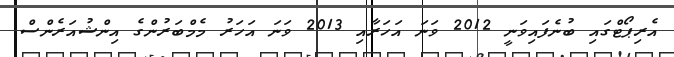
އެރިޕޯޓްގައި ބުނެފައިވަނީ 2012 ވަނަ އަހަރާއި 2013 ވަނަ އަހަރު މެމްބަރުންގެ އިންޝުއަރެންސް